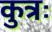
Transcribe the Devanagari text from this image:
कुत्रः